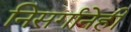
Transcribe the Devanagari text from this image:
निसर्गानेही